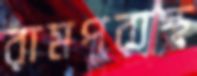
রামপুরাস্থ